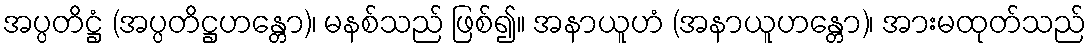
အပ္ပတိဋ္ဌံ (အပ္ပတိဋ္ဌဟန္တော)၊ မနစ်သည် ဖြစ်၍။ အနာယူဟံ (အနာယူဟန္တော)၊ အားမထုတ်သည်